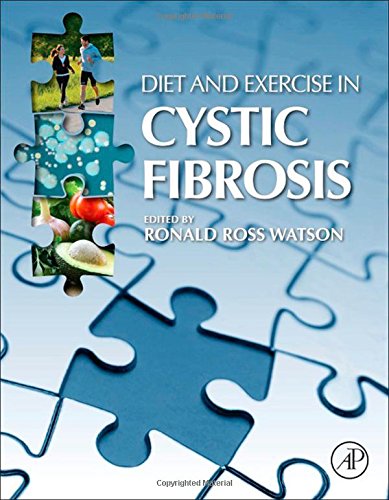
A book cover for Diet and Exercise in Cystic Fibrosis; Health, Fitness & Dieting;